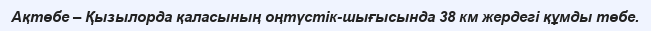
Ақтөбе – Қызылорда қаласының оңтүстік-шығысында 38 км жердегі құмды төбе.